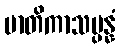
မာတိကာသမ္ပန္နံ